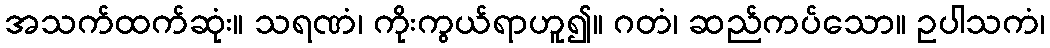
အသက်ထက်ဆုံး။ သရဏံ၊ ကိုးကွယ်ရာဟူ၍။ ဂတံ၊ ဆည်ကပ်သော။ ဥပါသကံ၊